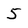
Character: 5